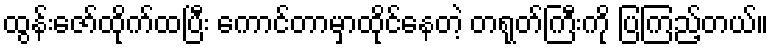
ထွန်းဇော်ထိုက်ထပြီး ကောင်တာမှာထိုင်နေတဲ့ တရုတ်ကြီးကို ပြကြည့်တယ်။